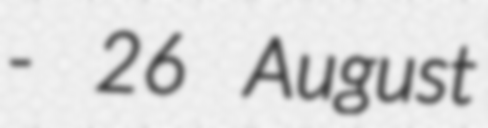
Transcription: - 26 August